Laimjala_vallavalitsus, lk 43
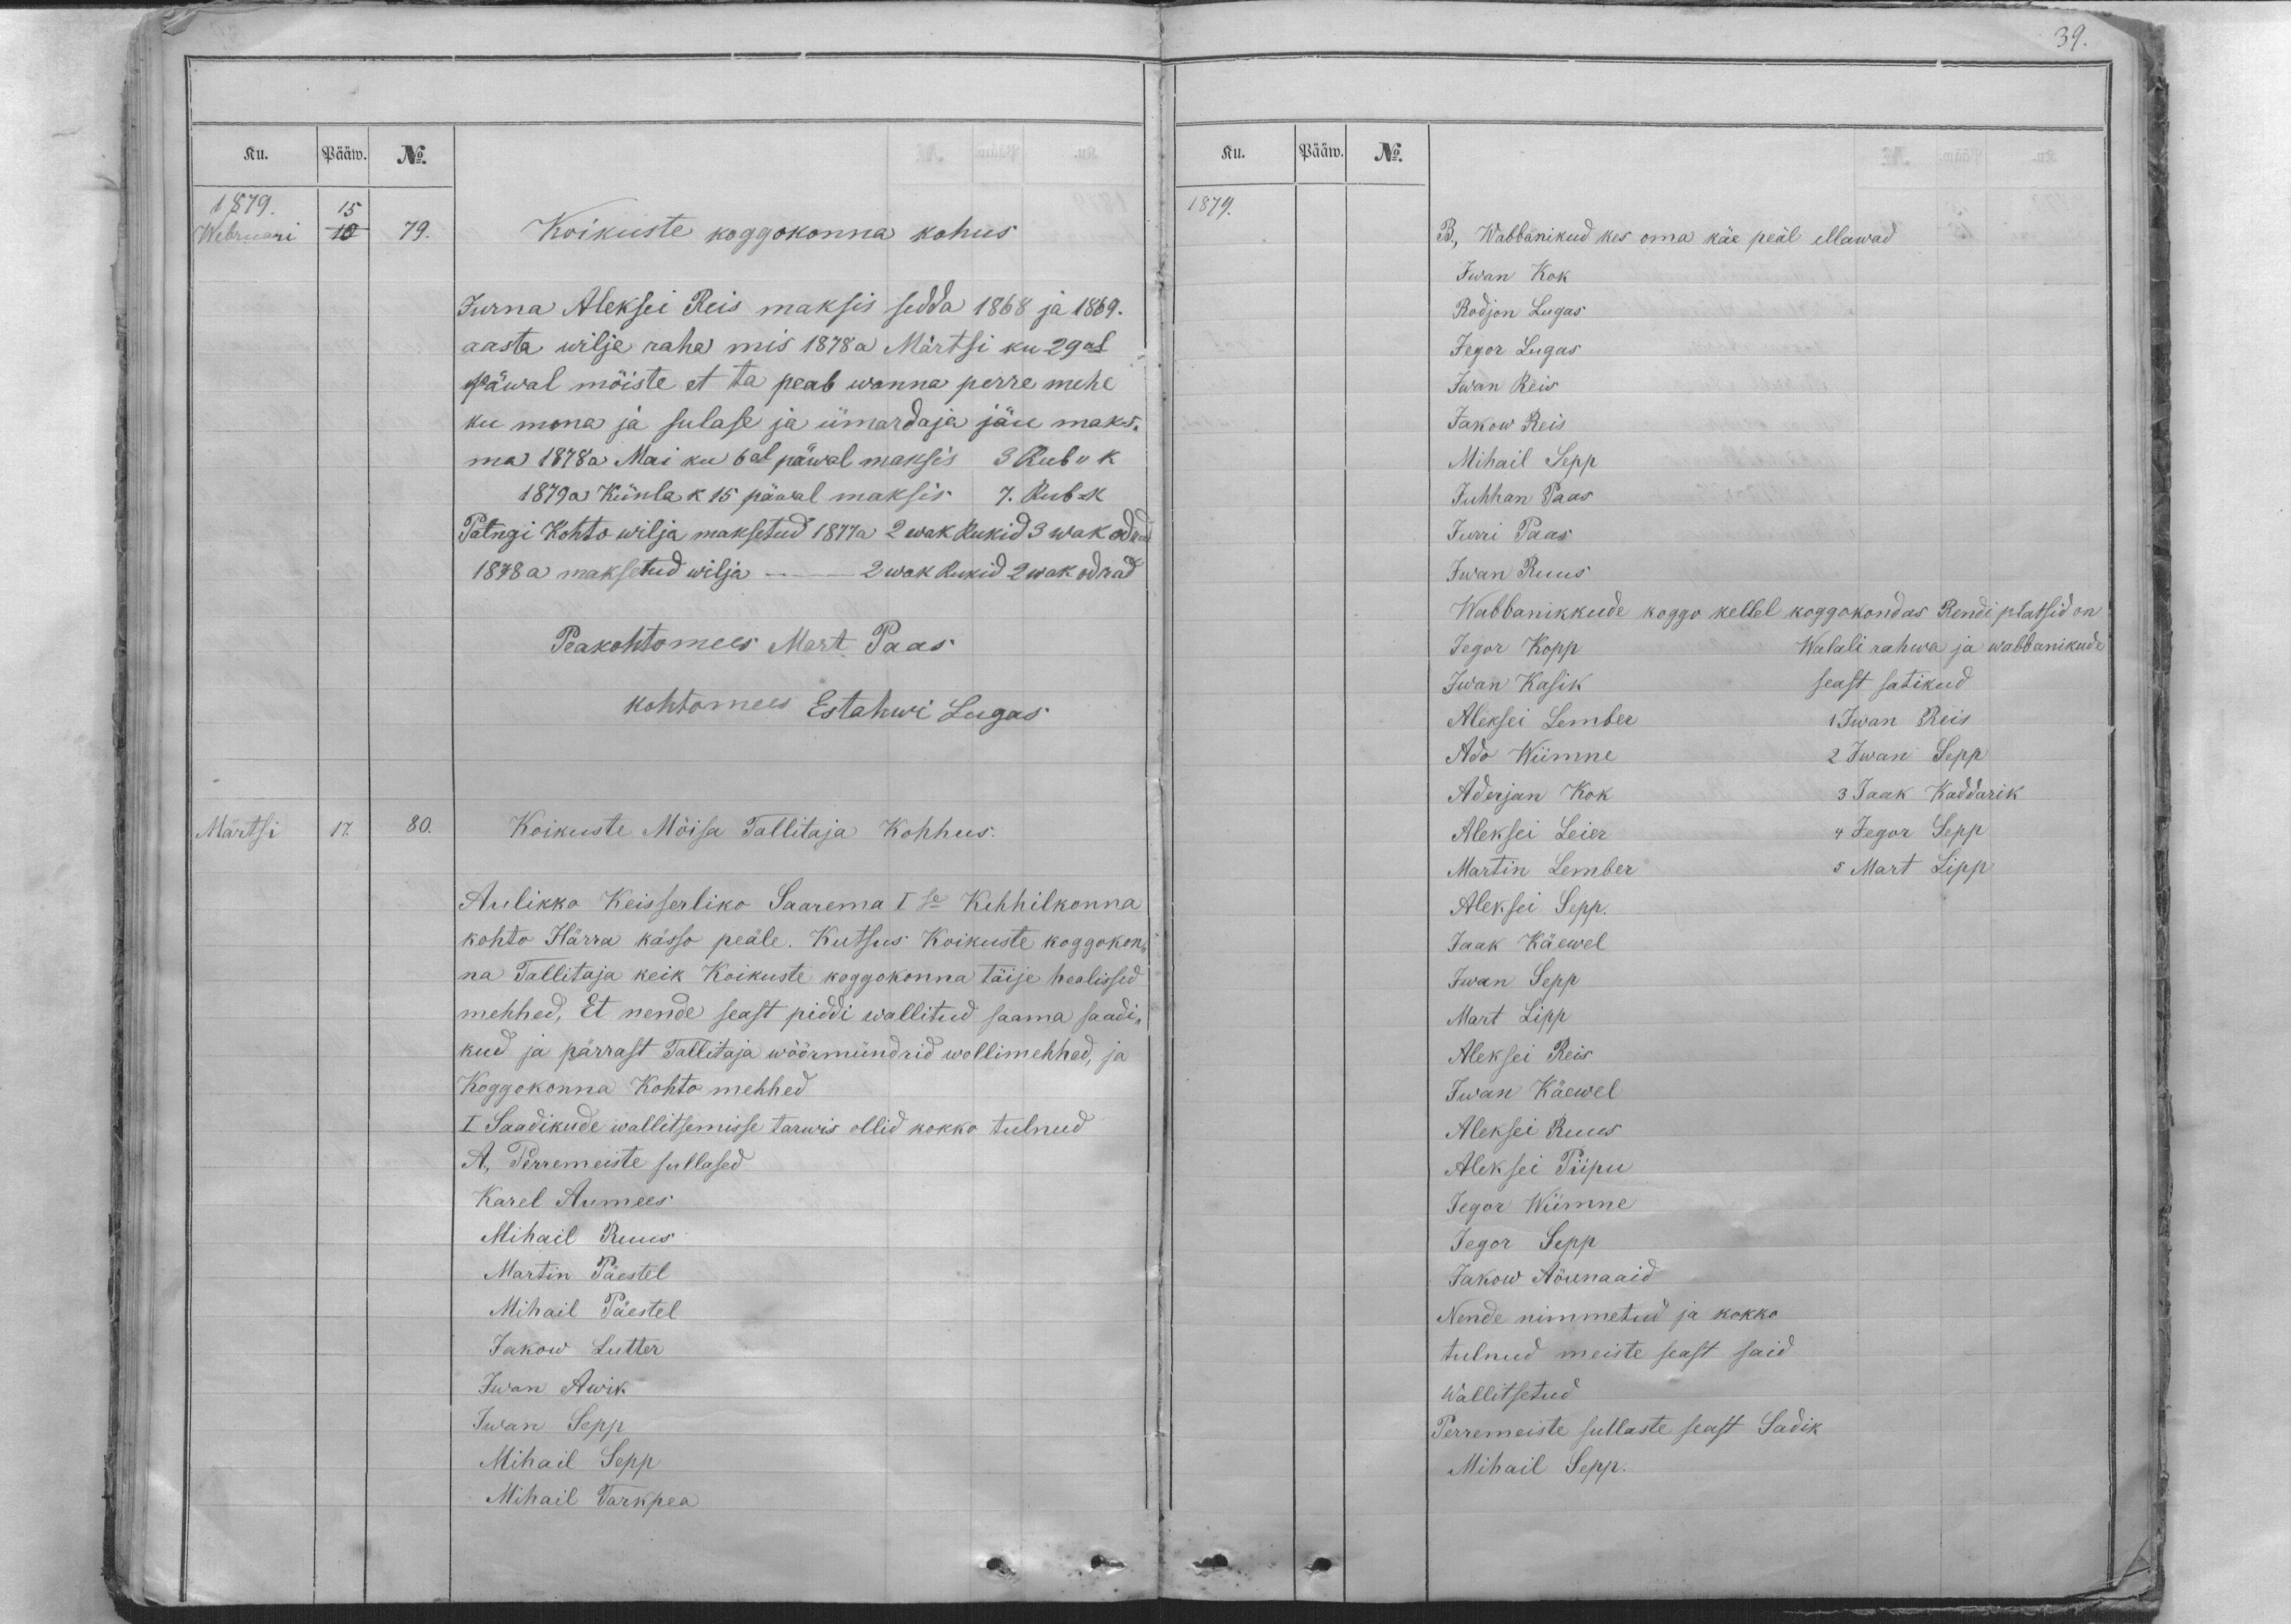
39.

Ku.
Pääw.
No.
1879.
15
Webruari
10
79.
Koikuste koggokonna kohus
Jurna Aleksei Reis maksis sedda 1868 ja 1869.
aasta wilja raha mis 1878 a Märtsi ku 29al
päwal mõiste et ta peab wanna perre mehe
ku mona ja sulase ja ümardaja jäu maks-
ma 1878a Mai ku 6al päwal maksis 3 Rub ,, k
1879a Künla k 15 päwal maksis 7. Rub = k
Palngi kohto wilja maksetud 1877a 2 wak Rukid 3 wak odrad
1878 a maksetud wilja - - 2 wak Rukid 2 Wak odrad
Peakohtomees Mart Paas
kohtomees Estahwi Lugas
Märtsi
17.
80.
Koikuste Möisa Tallitaja Kohhus.
Aulikko Keisserliko Saarema I se Kihhilkonna
kohto Härra kässo peäle. Kutsus Koikuste koggokon-
na Tallitaja keik Koikuste koggokonna täije healissed
mehhed, Et nende seast piddi wallitud saama saadi-
kud ja pärrast Tallitaja wöörmündrid wollimehhed, ja
Koggokonna Kohto mehhed
I Saadikude wallitsemisse tarwis ollid kokko tulnud
A., Perremeiste sullased
Karel Aumees
Mihail Ruus
Martin Päestel
Mihail Päestel
Jakow Lutter
Iwan Awik
Iwan Sepp
Mihail Sepp
Mihail Tarkpea

Ku.
Pääw.
No.
1879.
B., Wabbanikud kes oma käe peäl ellawad
Iwan Kok
Rodjon Lugas
Jegor Lugas
Iwan Reis
Jakow Reis
Mihail Sepp
Juhhan Paas
Jurri Paas
Iwan Ruus
Wabbanikkude koggo kellel koggokondas Rendi platsid on
Jegor Kopp
Walali rahwa ja wabbanikude
Iwan Kasik
seast satikud
Aleksei Lember
1 Iwan Reis
Ado Wiimne
2 Iwan Sepp
Aderjan Kok
3 Jaak Kaddarik
Aleksei Leier
4 Jegor Sepp
Martin Lember
5 Mart Lipp
Aleksei Sepp.
Jaak Käewel
Iwan Sepp
Mart Lipp
Aleksei Reis
Iwan Käewel
Aleksei Ruus
Aleksei Piipu
Jegor Wiimne
Jegor Sepp
Jakow Aöunaaid
Nende nimmetud ja kokko
tulnud meiste seast said
Wallitsetud
Perremeiste sullaste seast Sadik
Mihail Sepp.